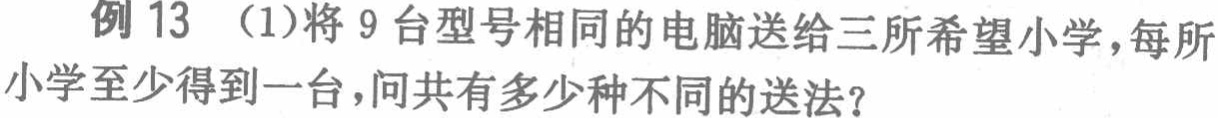
例 13 （1）将 9 台型号相同的电脑送给三所希望小学，每所小学至少得到一台，问共有多少种不同的送法？